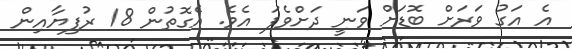
އެ އަގު ވަރަށް ބޮޑަށް ވަނީ ދަށްވެފަ އެވެ. އެގޮތުން 18 ރުފިޔާއިން